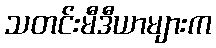
သတင်းမီဒီယာများက